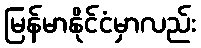
မြန်မာနိုင်ငံမှာလည်း